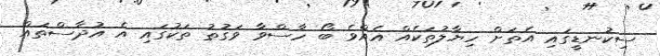
ސިކުނޑީގައި އެތަށް ހިޔާލުތަކެއް އެއްވެ ބޯ ހާސްވާ ވަގުތު ތަކުގައި އެ އުދާސްތައް